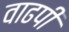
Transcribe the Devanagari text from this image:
वाढपी